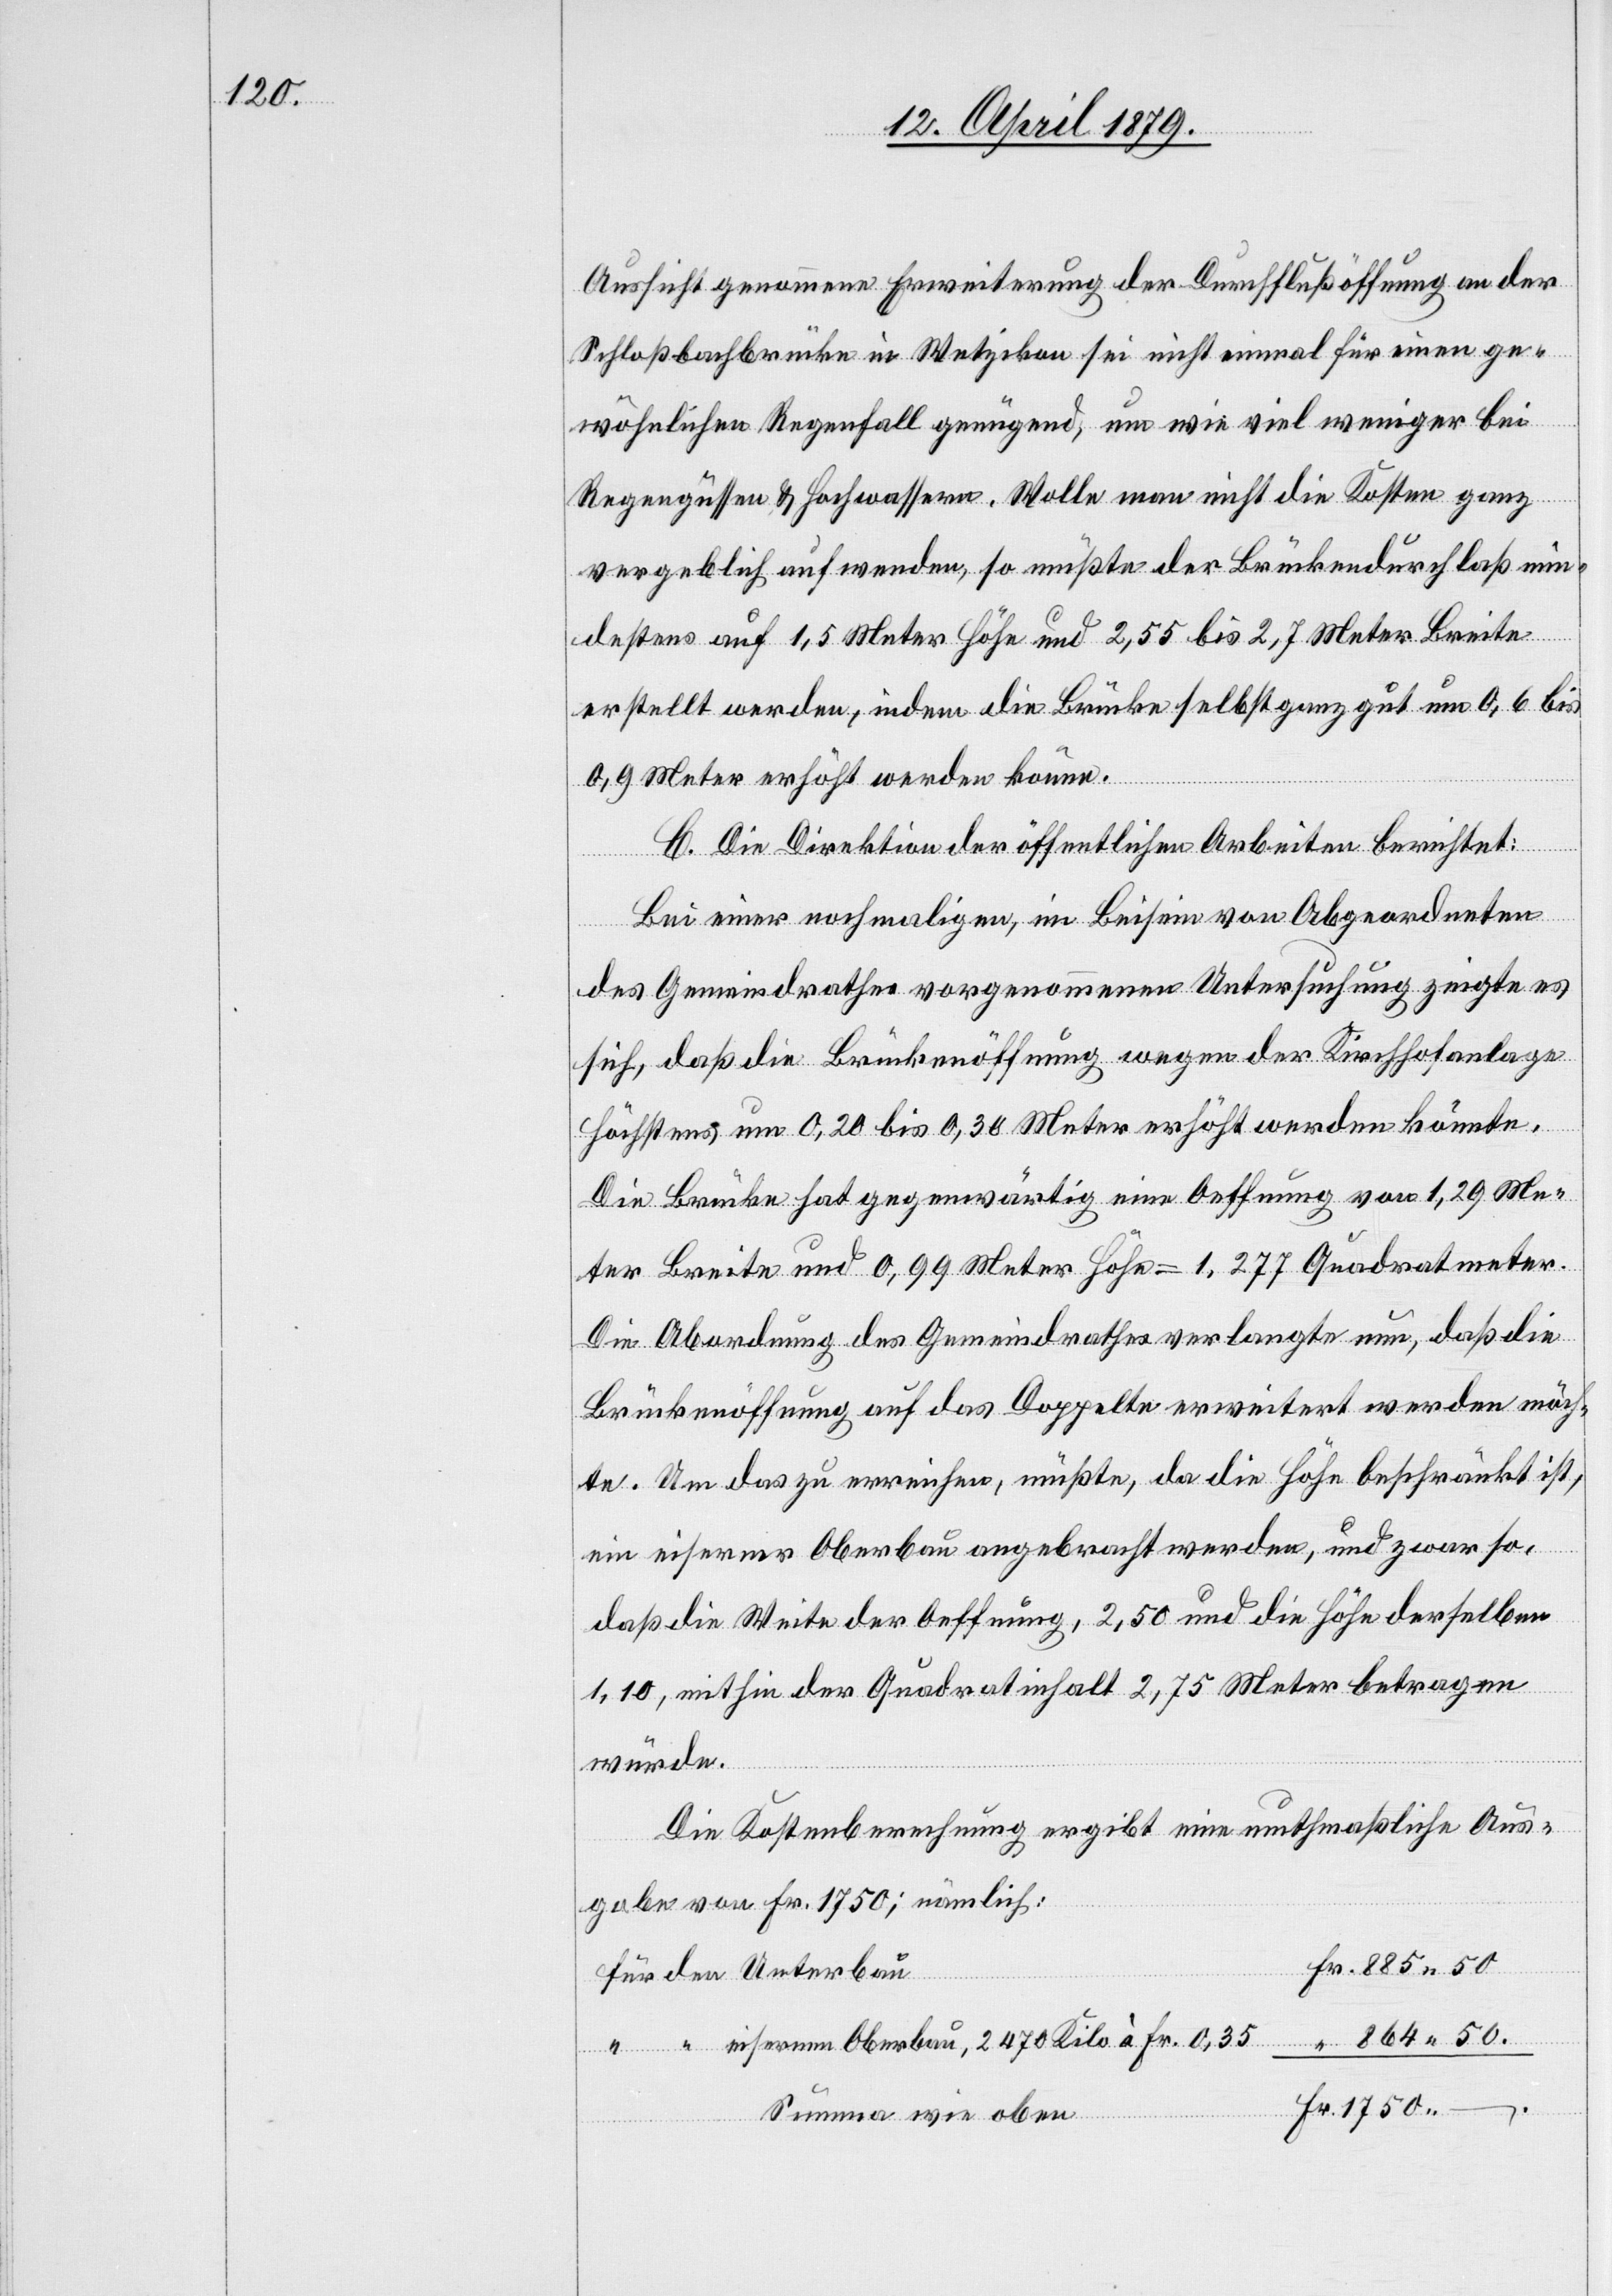
Aussicht genommene Erweiterung der Durchflußöffnung an der
Schloßbachbrücke in Wetzikon sei nicht einmal für einen ge¬
wöhnlichen Regenfall genügend, um wie viel weniger bei
Regengüssen & Hochwassern. Wolle man nicht die Kosten ganz
vergeblich aufwenden, so müßte der Brückendurchlaß m¬
in¬
destens auf 1,5 Meter Höhe und 2,55 bis 2,7 Meter Breite
erstellt werden, indem die Brücke selbst ganz gut um 0,6 bis
0,9 Meter erhöht werden könne.
Fr.
C. Die Direktion der öffentlichen Arbeiten berichtet:
Bei einer nochmaligen, im Beisein von Abgeordneten
.
des Gemeindrathes vorgenommenen Untersuchung zeigte es
sich, daß die Brückenöffnung wegen der Kirchhofanlage
höchstens um 0,20 bis 0,30 Meter erhöht werden könnte.
Die Brücke hat gegenwärtig eine Oeffnung von 1,20 Me¬
ter Breite und 0,99 Meter Höhe = 1,277 Quadratmeter.
Die Abordnung des Gemeindrathes verlangte nun, daß die
Brückenöffnung auf das Doppelte erweitert werden möch¬
te. Um das zu erreichen, müßte, da die Höhe beschränkt ist,
ein eiserner Oberbau angebracht werden, und zwar so,
daß die Weite der Oeffnung, 2,50 und die Höhe derselben
1,10, mithin der Quadratinhalt 2,75 Meter betragen
würde.
Die Kostenberechnung ergibt eine muthmaßliche Aus¬
gabe von Fr. 1750; nämlich:
für den Unterbau
“ “ eisernen Oberbau, 2470 Kilo à Fr. 0,35
Summa wie oben